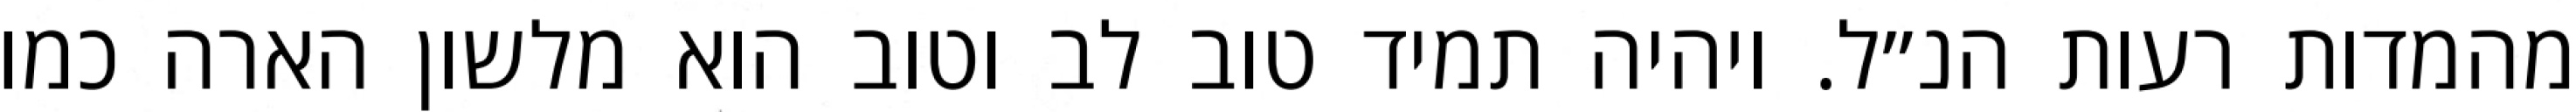
מהמדות רעות הנ״ל. ויהיה תמיד טוב לב וטוב הוא מלשון הארה כמו